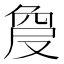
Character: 𠭠